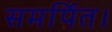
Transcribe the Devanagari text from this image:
समर्पित।